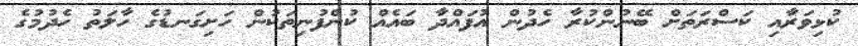
ކުޅިވަރާއި ކަސްރަތަށް ބޭނުންކުރާ ހެދުން އުފައްދާ ބައެއް ކުންފުނިތަކުން ހަށިގަނޑުގެ ހާލަތު ހެދުމުގެ